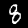
Label: 8